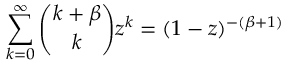
\sum _ { k = 0 } ^ { \infty } \binom { k + \beta } { k } z ^ { k } = ( 1 - z ) ^ { - ( \beta + 1 ) }